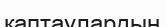
қаптаулардың